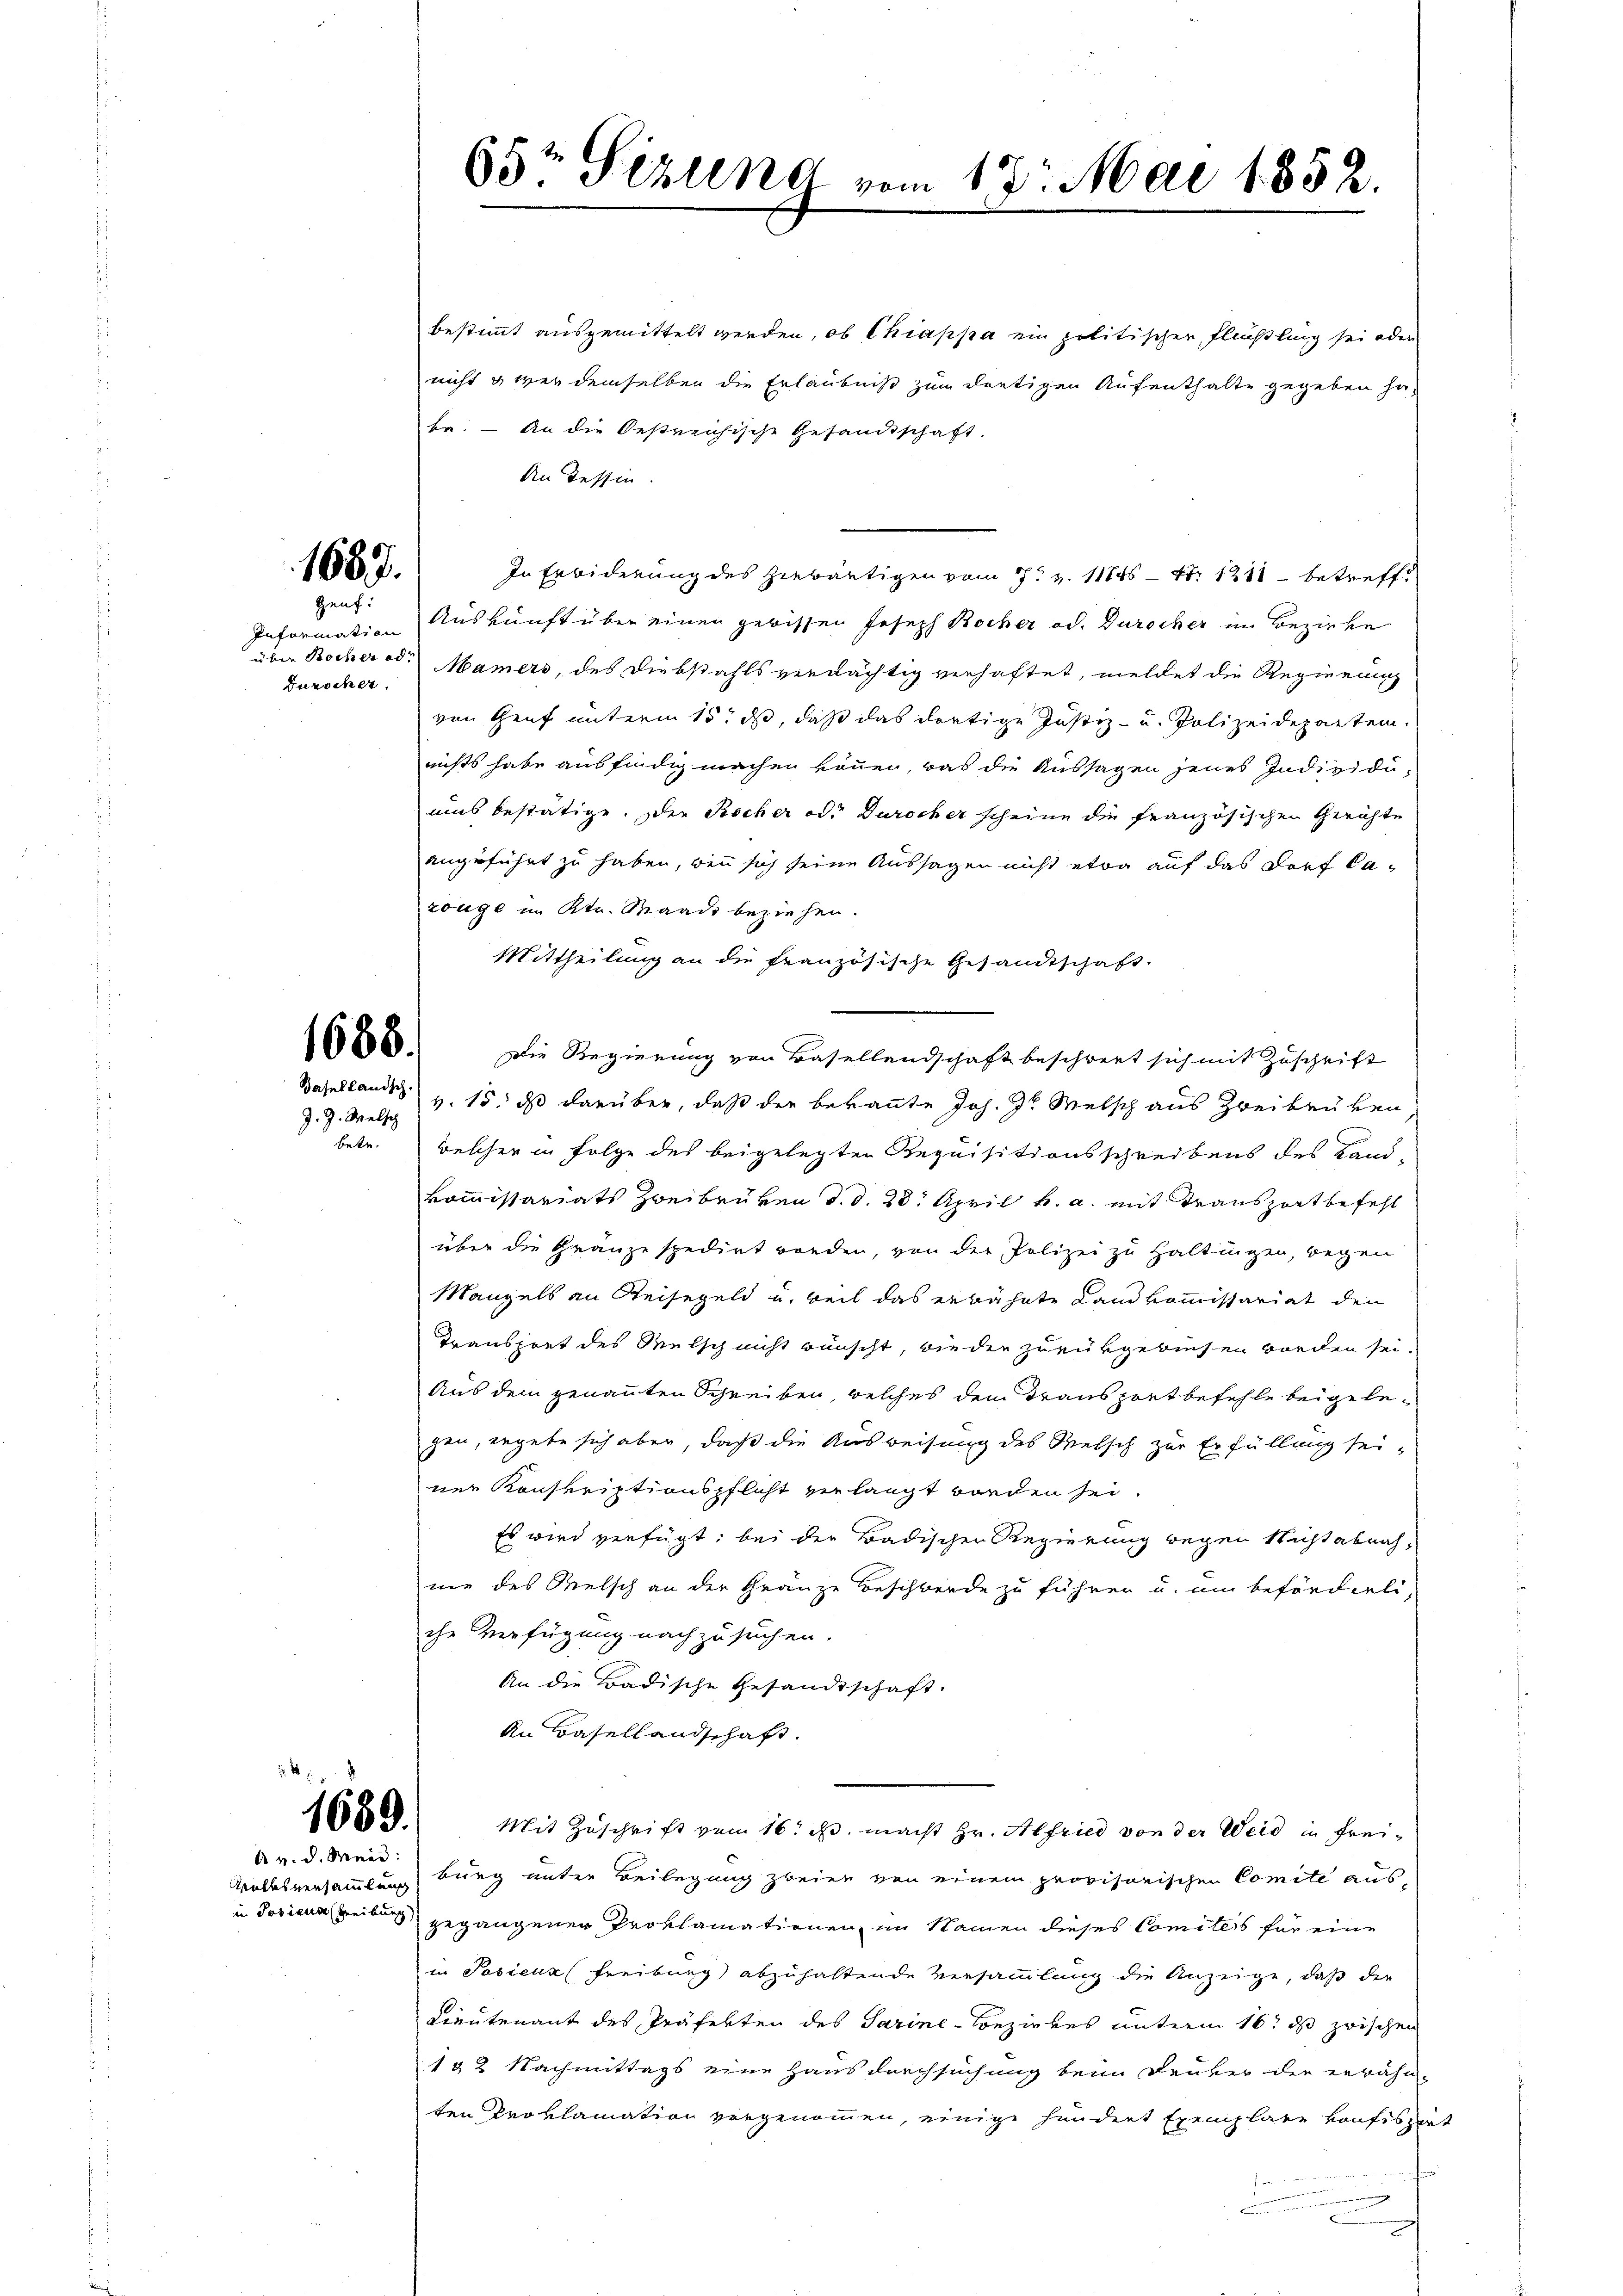
1687.

Information
über Rocher od
Durocher.

J. J. Welsch

A v. d. Meid:

65t Sizung vom 17. Mai 1852.

bestimmt ausgemittelt werden, ob Chiappa ein politischer Flüchtling sei oder
nicht & wer demselben die Erlaubniß zum dortigen Aufenthalte gegeben ha
be. – An die Oestreichische Gesandtschaft.
An Tessin.
In Erbiderung des Hiebäutigen vom 7. v. 11845 - 4. 1211 betreffgent. Auskunft über einen gebissen Joseph Rocher od. Durscher im Bezirke
Mamers, des Diebstahls verdächtig verhaftet, meldet die Regierung
von Genf unterm 15. ds, daß das dortige Justiz- und Polizeidepartem
nichts habe ausfindig machen können, was die Aussagen jenes Individu-
uis bestätige. Der Recher oder Durocher scheine die französischen Gerichte
angeführt zu haben, wenn sich seine Aussagen nicht etwa auf das Dorf Cazouge im Kt. Waadt beziehen.
Mittheilung an die französische Gesandtschaft.
6800. Die Regierung von Basellandschaft beschwert sich mit Zuschrift
Basellandt v. 15, das darüber, daß der bekannte Joh. Hr. Welsch aus Zweibrüken,
betr. welcher in Folge des beigelegten Requisitionsschreibens des Land-
kommissariats Zweibrüken d. d. 28. April h. a. mit Transport befehl
über die Gränze spedirt worden, von der Polizei zu Haltungen, wegen
Mangels an Reisegeld u. weil das erwähnte Landkommissariat den
Transport des Mutsch nicht wünscht, wieder zurükgewiesen worden sei.
Aus dem genannten Schreiben, welches dem Transport befehle beigelegen, ergebe sich aber, daß die Ausweisung des Welsch zur Erfüllung sei-
ner Konskriptionspflicht verlangt worden sei.
Es wird verfügt, bei der Badischen Regierung wegen Nicht abnah
nie des Melsch an der Gränze Beschwerde zu führen u. um beförderli-
che Verfügung nachzusuchen.
An die Badische Gesandtschaft.
An Basellandschaft.
1688. Mit Zŭschrift vom 16. ds. macht Hr. Alfried von der Weid in Frei-
Volksversammlung, burg unter Beilegung zweien von einem provisorischen Comite ausin Josieur reiburg gegangener Proklamationen, im Namen dieses Comiteis für eine
in Posieur Freiburg abzuhaltende Versammlung die Anzeige, daß die
Lieutenant des Präferten des Sarine-Bezirkes unterm 16t ds zwischen
182 Nachmittags eine Hausdurchsuchung beim Druker der erwähn-
ten Proklamation vorgenommen, einige hundert Exemplare Konfiszirt
d